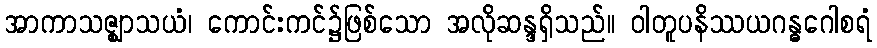
အာကာသဇ္ဈာသယံ၊ ကောင်းကင်၌ဖြစ်သော အလိုဆန္ဒရှိသည်။ ဝါတူပနိဿယဂန္ဓဂေါစရံ